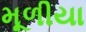
મૂળીયા